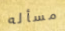
مسأله